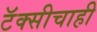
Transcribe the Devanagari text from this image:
टॅक्सीचाही